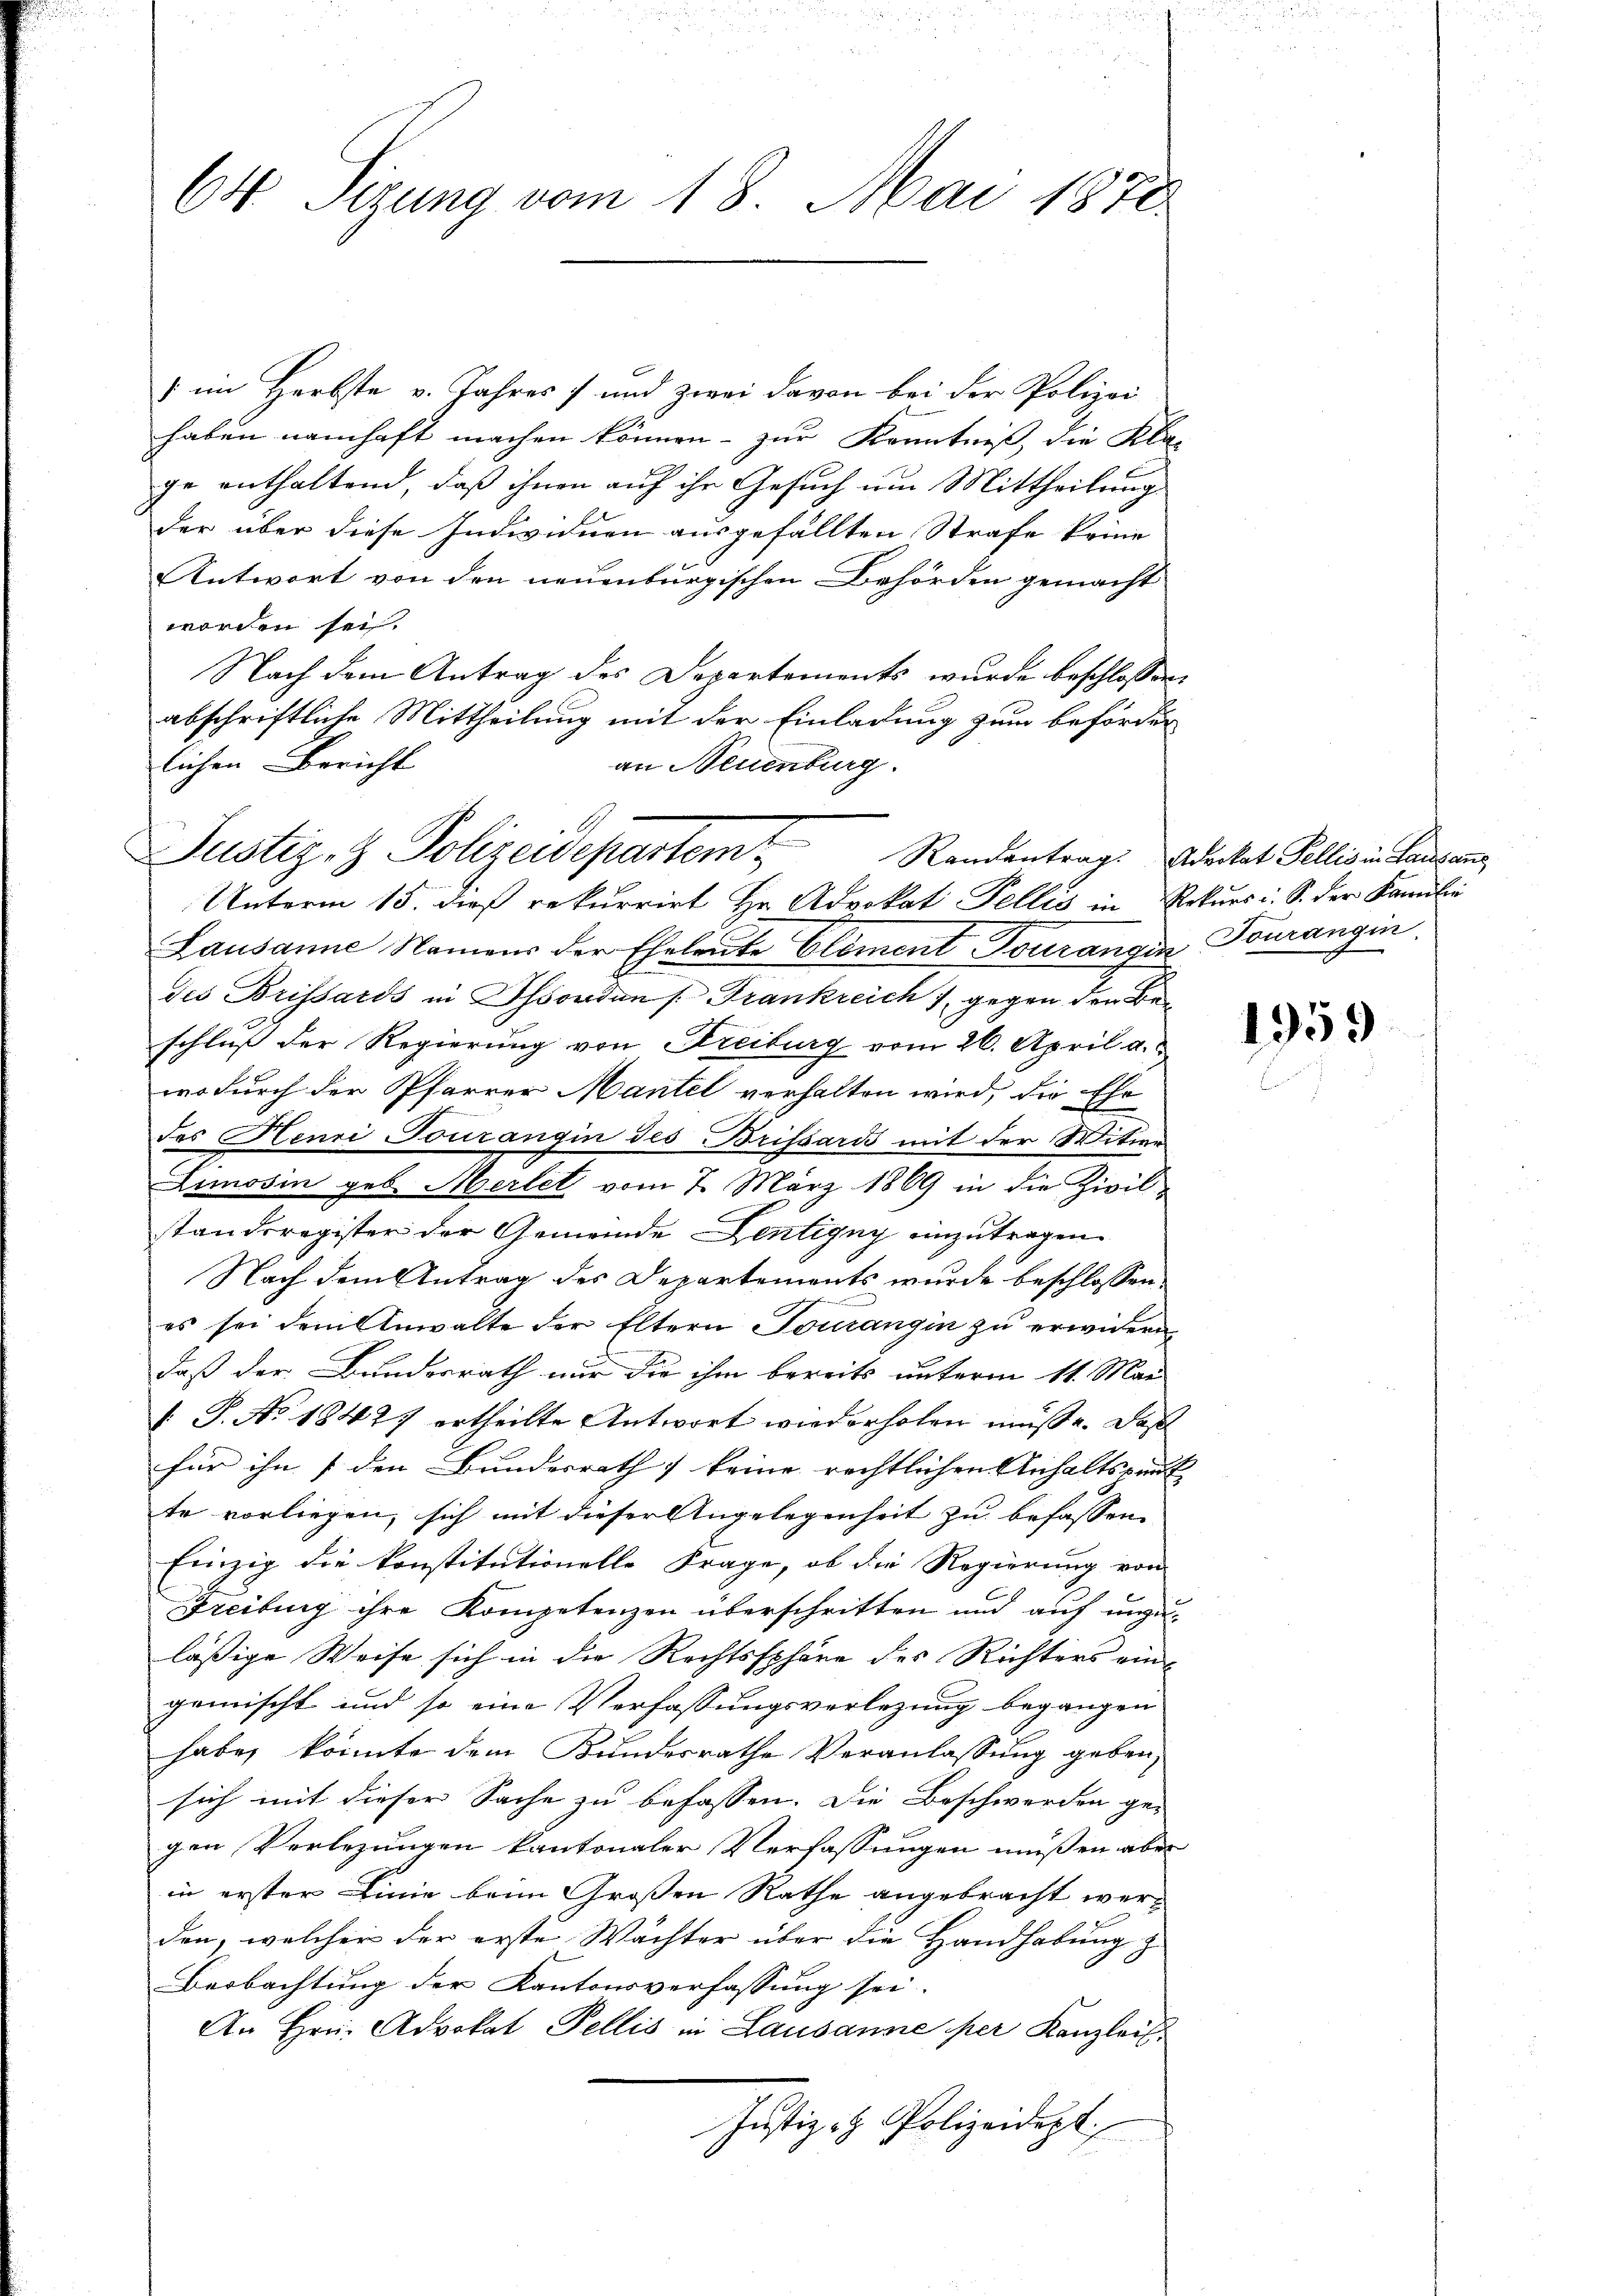
64 Sizung vom 18. Mai 1870.

) im Herbste v. Jahres und zwei davon bei der Polizei
haben namhaft machen können - zur Kenntniß, die Klage enthaltend, daß ihnen auf ihr Gesuch um Mittheilung
der über diese Individuen ausgefällten Strafe keine
Antwort von den neuenburgischen Behörden gemacht
worden sei.
Nach dem Antrag des Departements wurde beschlossen:
abschriftliche Mittheilung mit der Einladung zum beförder
lichen Bericht
an Neuenburg.
Unterm 15. dieß rekurrirt Hr. Advokat Pellis in Rekurs i. S. der Kanzlei
Lausanne Namens der Eheleute Element Fourangin Tourangin,
des Brissards in Ohsorden s. Frankreich 7 gegen der Beschluß der Regierung von Freiburg vom 26. April a.
wodurch der Pfarrer Mantel verhalten wird, die Ehe
des Henri Tourangin des Brissaris mit der Witwe
Limosin geb. Merlet vom 7. März 1869 in die Zivilstandsregister der Gemeinde Sentigny einzutragen
Nach dem Antrag des Departements wurde beschlossen
es sei dem Anwalte der Eltern Tourangin zu erwidern
daß der Bundesrath nur die ihm bereits unterm 11. Mai
 P. Ao 18427 ertheilte Antwort wiederholen müsse. Daß
für ihn / den Bundesrath keine rechtlichen Anhaltspunk
te vorliegen, sich mit dieser Angelegenheit zu befassen. |
Einzig die konstitutionelle Frage, ob die Regierung von
Freiburg ihre Kompetenzen überschritten und auf unzu-
läßige Weise sich in die Rechtssphäre des Richters ein-
gemischt und so eine Verfassungsverlegung begangen
habe, konnte dem Bundesrathe Veranlassung geben,
sich mit dieser Sache zu befassen. Die Beschwerden ge-
gen Verlegungen kantonaler Verfassungen müßen aber
in erster Linie beim Großen Rathe angebracht werden, welcher der erste Wächter über die Handhabung z
Beobachtung der Kantonsverfassung sei.
An Hrn. Advokat Pellis in Lausanne per Kanzlei
Justiz- & Polizeidept

Justiz- & Polizeidepartem Randentrags Aderkat Pellis in Lausan

1959